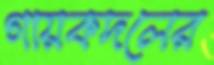
গায়কদলের